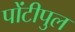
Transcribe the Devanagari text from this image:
पोंटीपुल